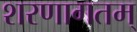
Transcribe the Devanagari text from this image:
शरणागतम्‌